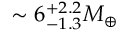
\sim 6 _ { - 1 . 3 } ^ { + 2 . 2 } M _ { \oplus }